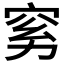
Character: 𰩉